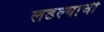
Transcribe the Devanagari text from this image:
लढल्याची